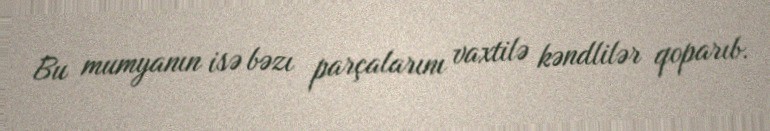
Bu mumyanın isə bəzı parçalarını vaxtilə kəndlilər qoparıb.